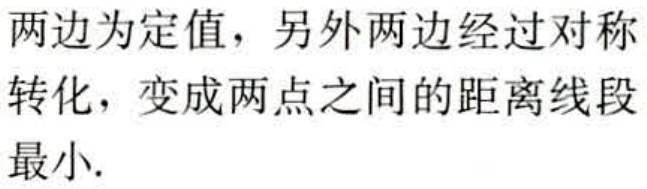
两边为定值，另外两边经过对称转化，变成两点之间的距离线段最小.